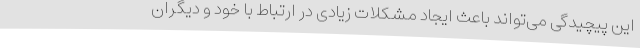
این پیچیدگی می‌تواند باعث ایجاد مشکلات زیادی در ارتباط با خود و دیگران